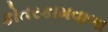
કોતરકામવાળા